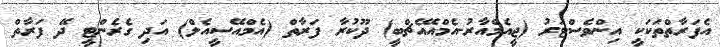
އެފަރާތްތަކަކީ އިންވެސްޓަރު (ޖީއެމްއާރު-އެމްއޭއެޗްބީ) ދޫކުރާ ފަރާތް (އެމްއޭސީއެލް) އަދި ގެރެންޓީ ދޭ ފަރާތް